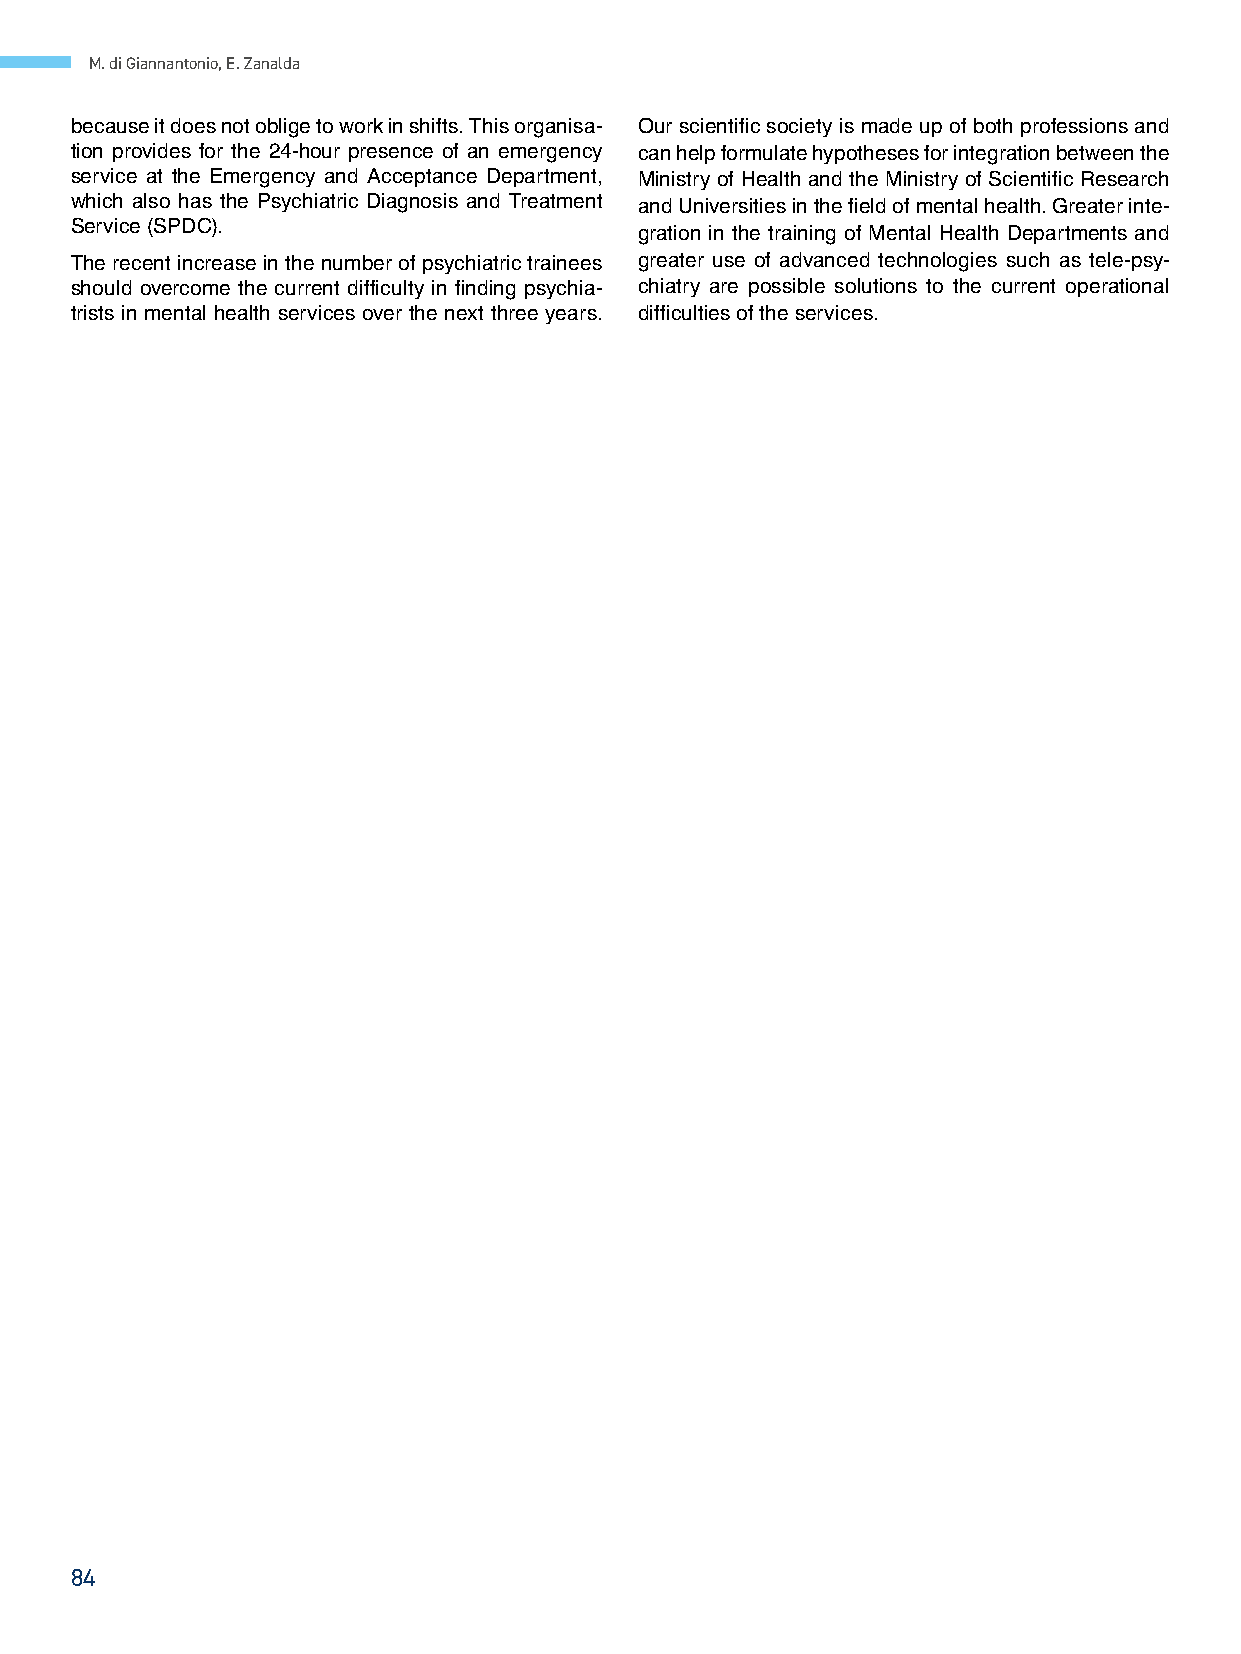
M. di Giannantonio, E. Zanalda
 because it does not oblige to work in shifts. This organisa‑ Our scientific society is made up of both professions and
 tion provides for the 24‑hour presence of an emergency can help formulate hypotheses for integration between the
 service at the Emergency and Acceptance Department, Ministry of Health and the Ministry of Scientific Research
 which also has the Psychiatric Diagnosis and Treatment and Universities in the field of mental health. Greater inte‑
 Service (SPDC).
 gration in the training of Mental Health Departments and
 The recent increase in the number of psychiatric trainees greater use of advanced technologies such as tele‑psy‑
 should overcome the current difficulty in finding psychia‑ chiatry are possible solutions to the current operational
 trists in mental health services over the next three years. difficulties of the services.
 84